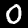
Digit: 0